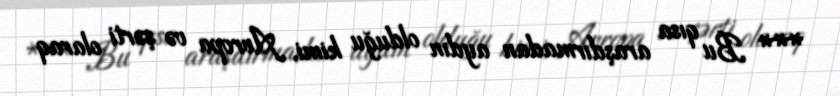
*** Bu qısa araşdırmadan aydın olduğu kimi, Avropa və şərti olaraq